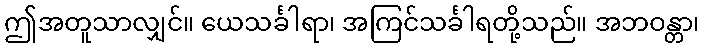
ဤအတူသာလျှင်။ ယေသင်္ခါရာ၊ အကြင်သင်္ခါရတို့သည်။ အဘဝန္တာ၊